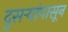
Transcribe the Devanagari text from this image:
दुसऱ्यांपासून